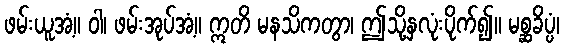
ဖမ်းယူအံ့။ ဝါ၊ ဖမ်းအုပ်အံ့။ ဣတိ မနသိကတွာ၊ ဤသို့နှလုံးပိုက်၍။ မစ္ဆခိပ္ပံ၊